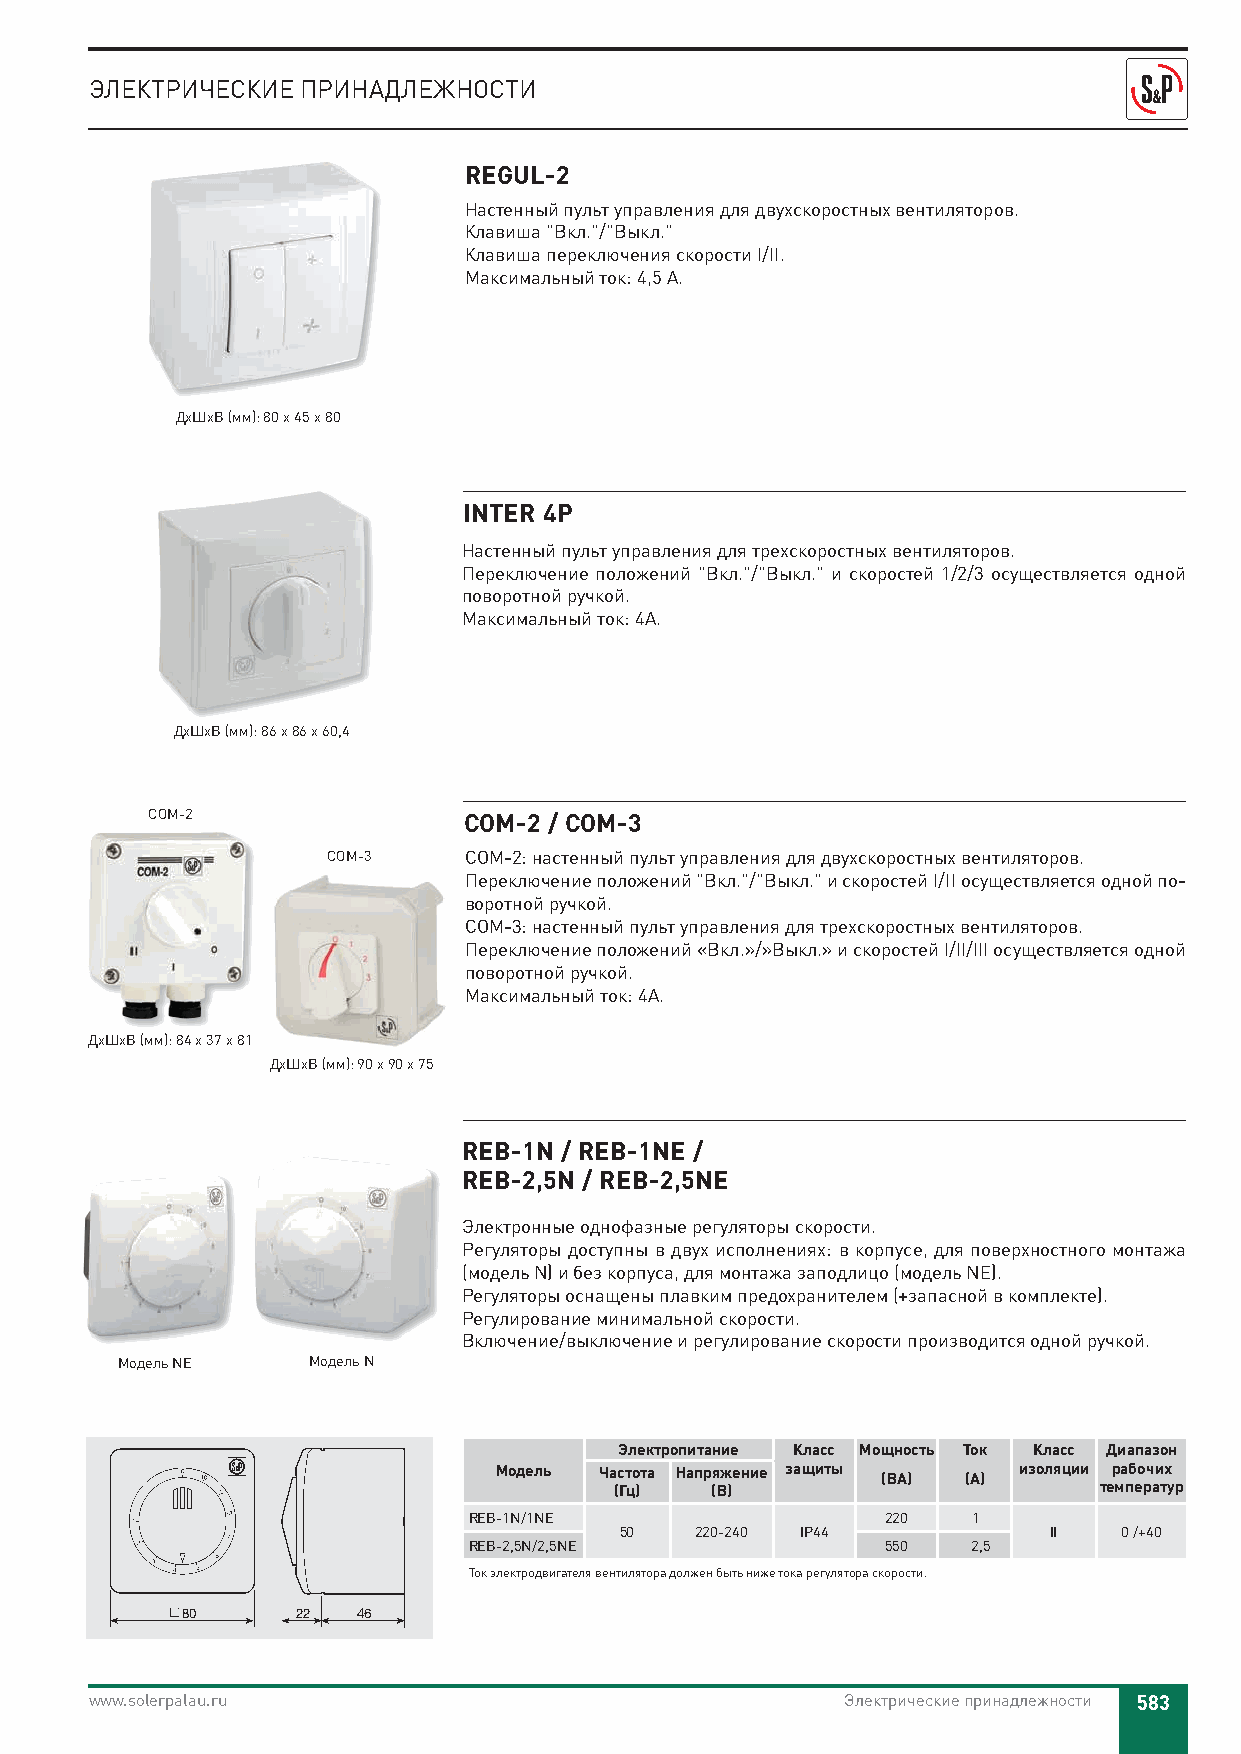
ЭЛЕКТРИЧЕСКИЕ ПРИНАДЛЕЖНОСТИ
 REGUL-2
 Настенный пульт управления для двухскоростных вентиляторов.
 Клавиша "Вкл."/"Выкл."
 Клавиша переключения скорости I/II.
 Максимальный ток: 4,5 А.
 ДхШхВ (мм): 80 x 45 x 80
 INTER 4P
 Настенный пульт управления для трехскоростных вентиляторов.
 Переключение положений "Вкл."/"Выкл." и скоростей 1/2/3 осуществляется одной
 поворотной ручкой.
 Максимальный ток: 4A.
 ДхШхВ (мм): 86 x 86 x 60,4
 COM-2                COM-2 / COM-3
 COM-3    COM-2: настенный пульт управления для двухскоростных вентиляторов.
 Переключение положений "Вкл."/"Выкл." и скоростей I/II осуществляется одной по-
 воротной ручкой.
 COM-3: настенный пульт управления для трехскоростных вентиляторов.
 Переключение положений «Вкл.»/»Выкл.» и скоростей I/II/III осуществляется одной
 поворотной ручкой.
 Максимальный ток: 4A.
 ДхШхВ (мм): 84 x 37 x 81
 ДхШхВ (мм): 90 x 90 x 75
 REB-1N / REB-1NE /
 REB-2,5N / REB-2,5NE
 Электронные однофазные регуляторы скорости.
 Регуляторы доступны в двух исполнениях: в корпусе, для поверхностного монтажа
 (модель N) и без корпуса, для монтажа заподлицо (модель NE).
 Регуляторы оснащены плавким предохранителем (+запасной в комплекте).
 Регулирование минимальной скорости.
 Включение/выключение и регулирование скорости производится одной ручкой.
 Модель NE   Модель N
 Электропитание Класс Мощность Ток Класс Диапазон
 Модель Частота Напряжение защиты  изоляции рабочих
 (ВA)  (A)
 (Гц)   (В)                       температур
 REB-1N/1NE 80              220   1
 50   220-240 IP44           II   0 /+40
 REB-2,5N/2,5NE             550   2,5
 Ток электродвигателя вентилятора должен быть ниже тока регулятора скорости.
 80     22  46     22 35
 www.solerpalau.ru                                 Электрические принадлежности 583